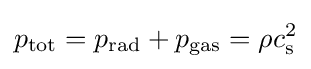
p_{\mathrm {tot} }=p_{\mathrm {rad} }+p_{\mathrm {gas} }=\rho c_{\rm {s}}^{2}